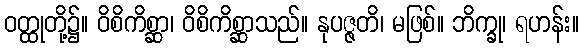
ဝတ္ထုတို့၌။ ဝိစိကိစ္ဆာ၊ ဝိစိကိစ္ဆာသည်။ နုပဇ္ဇတိ၊ မဖြစ်။ ဘိက္ခု၊ ရဟန်း။